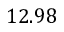
1 2 . 9 8